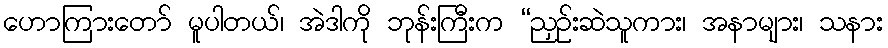
ဟောကြားတော် မူပါတယ်၊ အဲဒါကို ဘုန်းကြီးက “ညှဉ်းဆဲသူကား၊ အနာများ၊ သနား